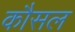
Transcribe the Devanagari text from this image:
कौसल